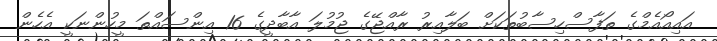
އައިއޯއެމްގެ ތަފާސްހިސާބުތަކަށް ބަލާއިރު ރާއްޖޭގެ ޖުމުލަ އާބާދީގެ 16 އިންސައްތަ މީހުންނަކީ އެހެން